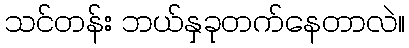
သင်တန်း ဘယ်နှခုတက်နေတာလဲ။